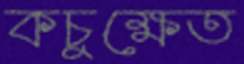
কচুক্ষেত